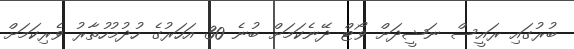
ބުރުގައި ރައީސް ނަޝީދަށް ވޯޓް ދޭނެކަމަށް ބުނެ 30 އަހަރުގެ ހުދުމުހުތާރު ވެރިކަމަށް